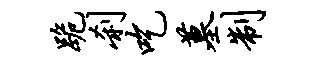
跪刹吃墓制